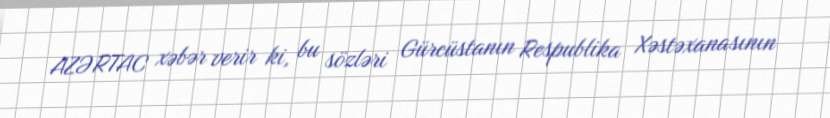
AZƏRTAC xəbər verir ki, bu sözləri Gürcüstanın Respublika Xəstəxanasının